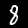
Label: 8